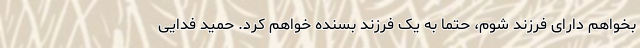
بخواهم دارای فرزند شوم، حتما به یک فرزند بسنده خواهم کرد. حمید فدایی